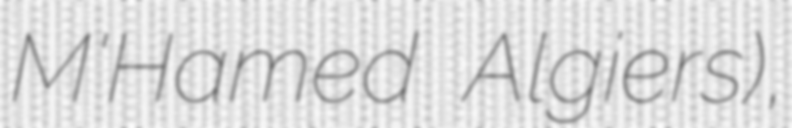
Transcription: M'Hamed Algiers),